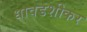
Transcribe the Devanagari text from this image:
धावडशीकर